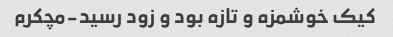
کیک خوشمزه و تازه بود و زود رسید-مچکرم